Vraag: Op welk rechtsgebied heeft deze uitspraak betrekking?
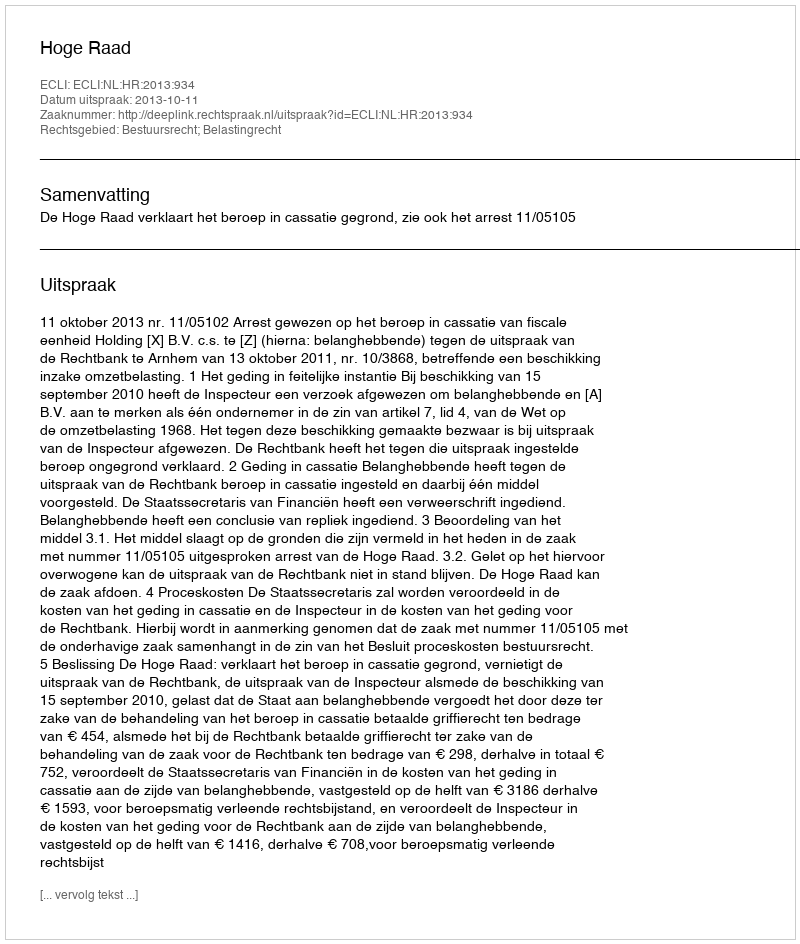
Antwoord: Bestuursrecht; Belastingrecht